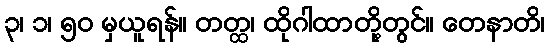
၃၊ ၁၊ ၅၀ မှယူရန်။ တတ္ထ၊ ထိုဂါထာတို့တွင်။ တေနာတိ၊